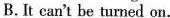
B.It can't be turned on.